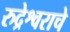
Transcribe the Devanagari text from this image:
रुद्रेश्वराचे